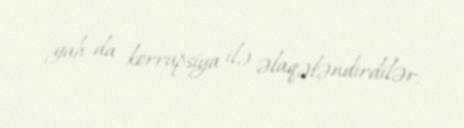
gah da korrupsiya ilə əlaqələndirdilər.